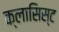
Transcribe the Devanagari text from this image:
क्लासिस्ट